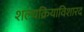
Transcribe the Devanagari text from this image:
शल्यक्रियाविशारद